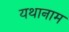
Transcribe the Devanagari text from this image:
यथानाम